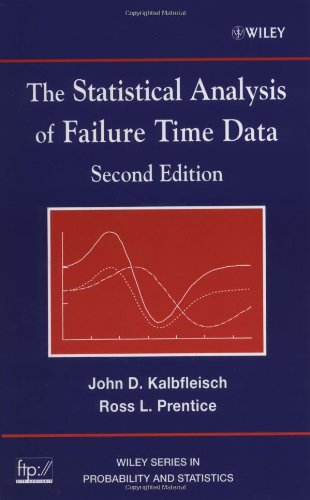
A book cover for The Statistical Analysis of Failure Time Data; John D. Kalbfleisch; Science & Math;